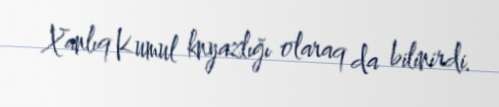
Xanlıq Kumul knyazlığı olaraq da bilinirdi.